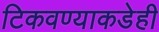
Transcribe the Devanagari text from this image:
टिकवण्याकडेही